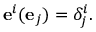
\mathbf { e } ^ { i } ( \mathbf { e } _ { j } ) = \delta _ { j } ^ { i } .